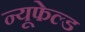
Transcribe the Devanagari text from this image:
न्यूफेल्ड